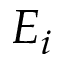
E _ { i }